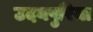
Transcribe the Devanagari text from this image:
उदयपुरिया